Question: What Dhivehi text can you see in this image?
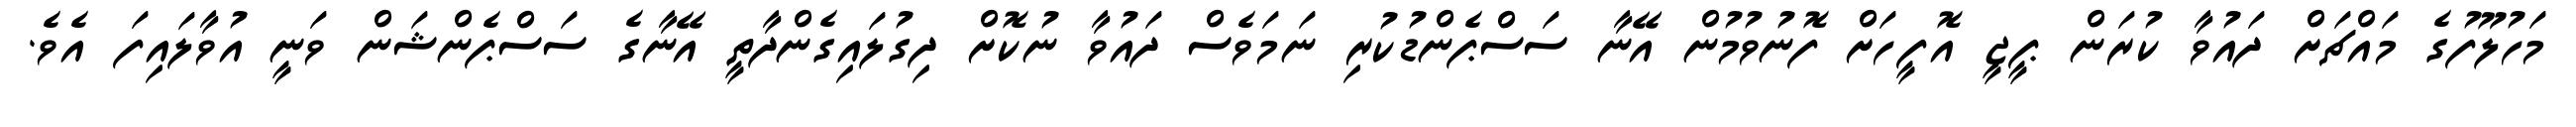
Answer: މަހުލޫފުގެ މައްޗަށް ދައުވާ ކުރަން ޕީޖީ އޮފީހަށް ފޮނުވުމުން އޭނާ ސަސްޕެންޑުކުރި ނަމަވެސް ދައުވާ ނުކޮށް ދިގުލައިގެންދާތީ އޭނާގެ ސަސްޕެންޝަން ވަނީ އުވާލައިފަ އެވެ.